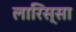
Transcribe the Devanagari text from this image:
लारिस्सा